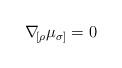
LaTeX: \begin{align*}\nabla\!_{[\rho}\mu_{\sigma]}=0 \end{align*}